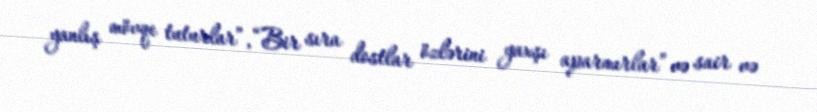
yanlış mövqe tuturlar”, “Bir sıra dostlar özlərini yaxşı aparmırlar” və sair və